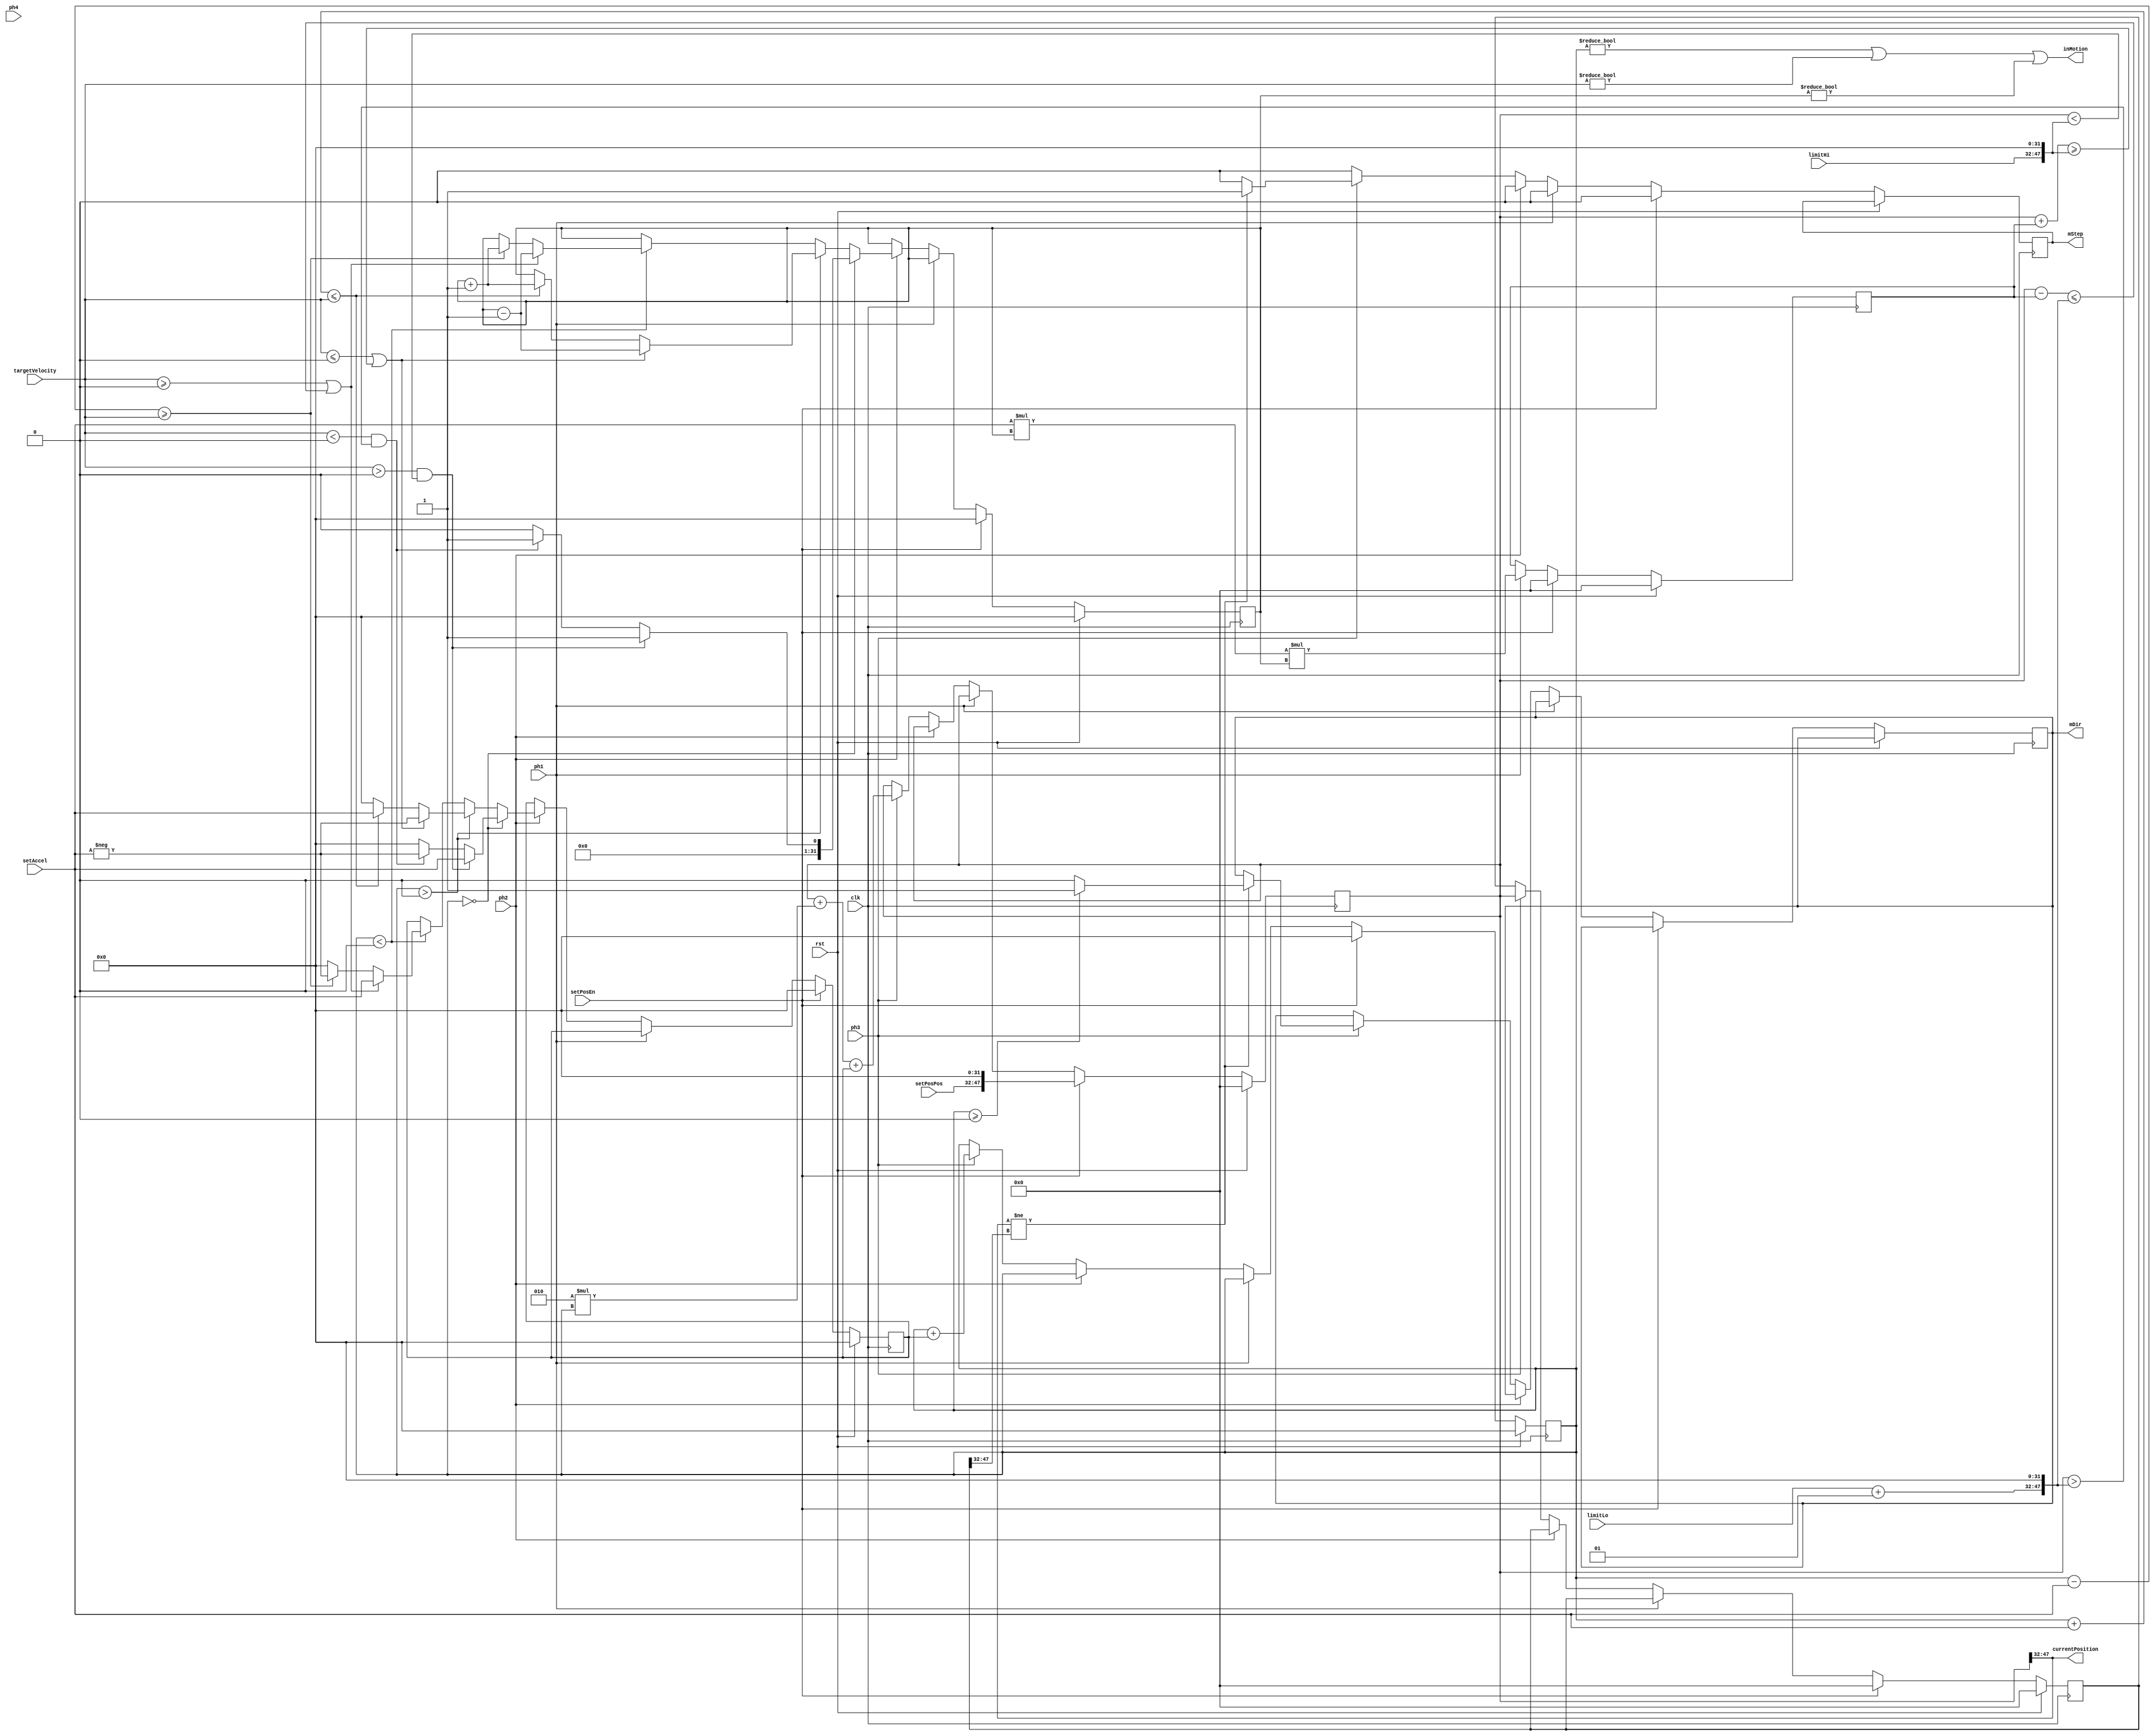
// 32000/50000/50000*2^24 =       215
// 32000/50000/50000*2^31 =     27488
//  3200/50000      *2^24 =   1073742
//  3200/50000      *2^31 = 137438954
// #define SET_ACCELERATION     (214)
// #define MAX_SPEED        (1073741)
// #define LIMIT_LOW         ((int64_t)-40000L*33554432L)
// #define LIMIT_HIGH        ((int64_t)+40000L*33554432L)

module speed
(
	// reset and clocks
	input	wire				rst,				// reset
	input	wire				clk,				// clock

	// configuration -- must only be change when axis is stopped
	input	wire				setPosEn,			// force new current position
	input	wire signed [15:0]	setPosPos,			// new current position to force
	input	wire signed [31:0]	setAccel,			// acceleration
	input	wire signed	[15:0]	limitLo,			// lo limit position
	input	wire signed [15:0]	limitHi,			// hi limit position

	// control -- can change at anytime
	input	wire signed [31:0]	targetVelocity,		// target velocity

	// state machine enables
	input	wire				ph1,				// run first step in algorithm
	input	wire				ph2,				// run second step in algorithm
	input	wire				ph3,				// run third step in algorithm
	input	wire				ph4,				// run fourth step in algorithm

	// status outputs
	output	wire				inMotion,			// current velocity is not zero
	output	wire signed	[15:0]  currentPosition,	// debug output

	// motion outputs
	output	reg					mDir,				// 1 for (0/+) speeds, 0 for (-) speeds
	output	reg					mStep				// take a step
);

reg [31:0] accelSamples;						    // positive integer
reg signed [31:0] currentAcceleration;				//  s0.31
reg signed [31:0] currentVelocity;					//  s0.31
reg signed [47:0] currentDisplacement;				// s31.32
reg signed [47:0] lastDisplacement;					// s31.32
reg signed [47:0] stoppingDistance;					// s31.32

// sign extend programmed limits to 64 bits
wire signed [15:0] limitLoAdj;
wire signed [47:0] posLimitLo;
wire signed [47:0] posLimitHi;
assign limitLoAdj = limitLo + 1;
assign posLimitLo = { limitLoAdj[15:0], 32'b0 };
assign posLimitHi = { limitHi[15:0], 32'b0 };

assign inMotion = (currentVelocity != 0) || (targetVelocity != 0) || (accelSamples != 0);

// for convenience during simulations
assign currentPosition = currentDisplacement[47:32];

always @ (posedge clk)
begin
	if (rst)
	begin
		// reset values
		accelSamples <= 0;
		currentAcceleration <= 0;
		currentVelocity <= 0;
		currentDisplacement <= 0;
		lastDisplacement <= 0;
		stoppingDistance <= 0;
	end
	else
	begin
		// defaults
		mStep <= 0;

		if (setPosEn)
		begin
			accelSamples <= 0;
			currentAcceleration <= 0;
			currentVelocity <= 0;
			currentDisplacement <= { setPosPos[15:0], 32'b0 };
			lastDisplacement <= 0;
			stoppingDistance <= 0;
		end
		else if (ph1)
		begin
			// caclulate stopping distance based on acceleration and time to decelerate
        	stoppingDistance <= setAccel * accelSamples * accelSamples;
		end
		else if (ph2)
		begin
			if (currentVelocity == 0)
			begin
				if ((targetVelocity > 0) && (currentDisplacement < posLimitHi))
				begin
					currentAcceleration <= +setAccel;
					accelSamples <= 1;
				end
				else if ((targetVelocity < 0) && (currentDisplacement > posLimitLo))
				begin
					currentAcceleration <= -setAccel;
					accelSamples <= 1;
				end
				else
				begin
					currentAcceleration <= 0;
					accelSamples <= 0;
				end
			end
			else if (currentVelocity > 0)
			begin
				if ((targetVelocity <= 0) || ((currentDisplacement + stoppingDistance) >= posLimitHi))
				begin
					currentAcceleration <= -setAccel;
					accelSamples <= accelSamples - 1;
				end
				else if ((currentVelocity + setAccel) <= targetVelocity)
				begin
					currentAcceleration <= +setAccel;
					accelSamples <= accelSamples + 1;
				end
				else
				begin
					currentAcceleration <= 0;
				end
			end
			else if (currentVelocity < 0)
			begin
				if ((targetVelocity >= 0) || ((currentDisplacement - stoppingDistance) <= posLimitLo))
				begin
					currentAcceleration <= +setAccel;
					accelSamples <= accelSamples - 1;
				
				end
				else if ((currentVelocity - setAccel) >= targetVelocity)
				begin
					currentAcceleration <= -setAccel;
					accelSamples <= accelSamples + 1;
				
				end
				else
				begin
					currentAcceleration <= 0;
				
				end
			end
		end
		else if (ph3)
		begin
			// update position
			currentDisplacement <= currentDisplacement + 2 * currentVelocity + currentAcceleration;

    		// update velocity
			currentVelocity <= currentVelocity + currentAcceleration;

			// set direction pin

			// decide to take a step or not and what direction
			if (currentDisplacement[47:32] != lastDisplacement[47:32])
			begin
				mDir <= (currentVelocity >= 0) ? 1 : 0;
				mStep <= 1;
			end
			
			// save last position
			lastDisplacement <= currentDisplacement;
		end
		else if (ph4)
		begin
		end
	end
end

endmodule